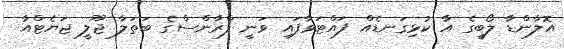
އޮލާންޑާ ލޯބީގެ އާ ކުޅިގަނޑެއް ފައްޓަވާފައި ވަނީ ފްރާންސްގެ ބަތަލާ ޖޫލީ ޖަޔެޓްއާ